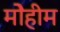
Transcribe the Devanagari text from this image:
मोेहीम